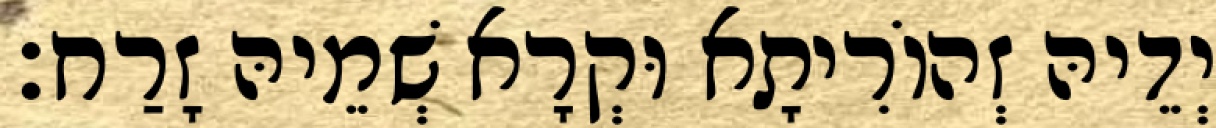
יְדֵיהּ זְהוֹרִיתָא וּקְרָא שְׁמֵיהּ זָרַח׃